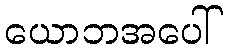
ယောဘအပေါ်